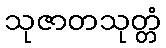
သုဇာတသုတ္တံ